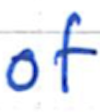
Text: of
Cross-out: clean
Writing tool: ballpoint